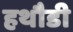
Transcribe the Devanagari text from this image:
हथौडी